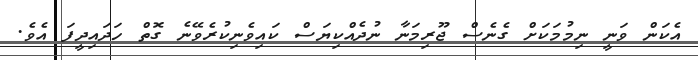
އެކަން ވަނީ ނިމުމަކަށް ގެނެސް ޖޫރިމަނާ ނުދެއްކިޔަސް ކައިވެނިކުރެވޭނެ ގޮތް ހަދައިދީފަ އެވެ.